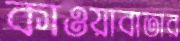
কাওয়াবাতার